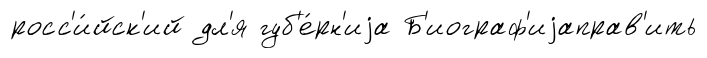
росс'и́йск'ий дл'я губ'е́рн'иjа Б'иограф'иjаправ'ить